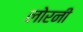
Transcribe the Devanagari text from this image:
लोरनी